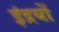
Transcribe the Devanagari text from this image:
इंद्रयों